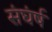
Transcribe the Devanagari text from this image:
संघंर्ष